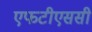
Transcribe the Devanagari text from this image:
एफटीएससी